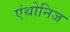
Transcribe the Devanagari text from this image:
एंथोनिज